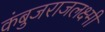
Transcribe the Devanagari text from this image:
कंबुजराजलक्ष्मी